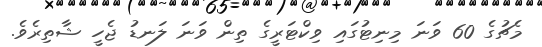
މެޗުގެ 60 ވަނަ މިނިޓުގައި ވިކްޓަރީގެ ތިން ވަނަ ލަނޑު ޖެހީ ޝާތިރެވެ.